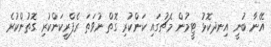
އޭނާ ބުނީ އިނދކޮޅު ޓީމުން މެޗުގައި ކަންކުރި ގޮތް ނުވަތަ ރެފްރީކަންކުރި ގޮތުންކުރެ